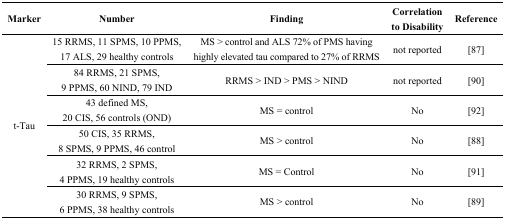
<table><thead><tr><td><b>Marker</b></td><td><b>Number</b></td><td><b>Finding</b></td><td><b>Correlation to Disability</b></td><td><b>Reference</b></td></tr></thead><tbody><tr><td rowspan="6">t-Tau</td><td>15 RRMS, 11 SPMS, 10 PPMS, 17 ALS, 29 healthy controls</td><td>MS &gt; control and ALS 72% of PMS having highly elevated tau compared to 27% of RRMS</td><td>not reported</td><td>[87]</td></tr><tr><td>84 RRMS, 21 SPMS, 9 PPMS, 60 NIND, 79 IND</td><td>RRMS &gt; IND &gt; PMS &gt; NIND</td><td>not reported</td><td>[90]</td></tr><tr><td>43 defined MS, 20 CIS, 56 controls (OND)</td><td>MS = control</td><td>No</td><td>[92]</td></tr><tr><td>50 CIS, 35 RRMS, 8 SPMS, 9 PPMS, 46 control</td><td>MS &gt; control</td><td>No</td><td>[88]</td></tr><tr><td>32 RRMS, 2 SPMS, 4 PPMS, 19 healthy controls</td><td>MS = Control</td><td>No</td><td>[91]</td></tr><tr><td>30 RRMS, 9 SPMS, 6 PPMS, 38 healthy controls</td><td>MS &gt; control</td><td>No</td><td>[89]</td></tr></tbody></table>